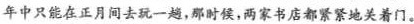
年中只能在正月间去玩一趟，那时候，两家书店都紧紧地关着门。